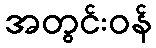
အတွင်းဝန်